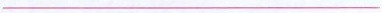
___